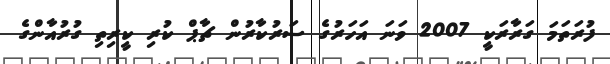
ފުރަތަމަ ގަރާރަކީ 2007 ވަނަ އަހަރުގެ ސަރުކާރުން ޗާޕް ކުރި ކީރިތި ގުރުއާންގެ